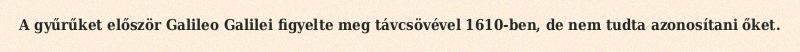
A gyűrűket először Galileo Galilei figyelte meg távcsövével 1610-ben, de nem tudta azonosítani őket.